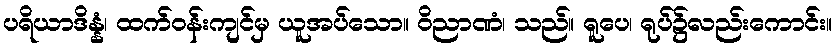
ပရိယာဒိန္နံ၊ ထက်ဝန်းကျင်မှ ယူအပ်သော။ ဝိညာဏံ၊ သည်။ ရူပေ၊ ရုပ်၌လည်းကောင်း။